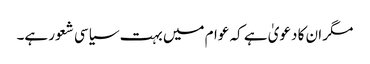
مگر ان کا دعویٰ ہے کہ عوام میں بہت سیاسی شعور ہے۔